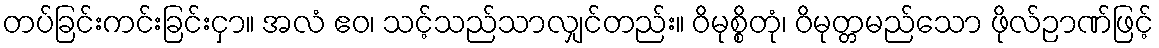
တပ်ခြင်းကင်းခြင်းငှာ။ အလံ ဧဝ၊ သင့်သည်သာလျှင်တည်း။ ဝိမုစ္စိတုံ၊ ဝိမုတ္တမည်သော ဖိုလ်ဉာဏ်ဖြင့်